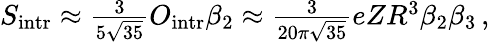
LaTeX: \begin{array}{r}{S_{\mathrm{{intr}}}\approx\frac{3}{5\sqrt{35}}O_{\mathrm{{intr}}}\beta_{2}\approx\frac{3}{20\pi\sqrt{35}}eZR^{3}\beta_{2}\beta_{3}\, ,}\end{array}